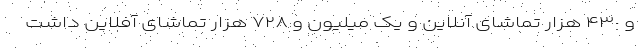
و ۴٣٠ هزار تماشای آنلاین و یک میلیون و ٧٢٨ هزار تماشای آفلاین داشت